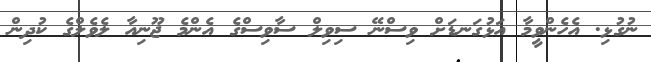
ނުގުޅި. އެހެންވީމާ އަޅުގަނޑަށް ވިސްނޭ ސިވިލް ސާވިސްގެ އެންމެ ޖޫނިއާ ލެވެލްގެ ކުދިން